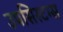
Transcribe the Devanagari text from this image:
उपसिस्टम्स